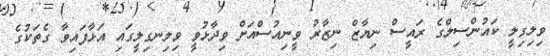
ވިލިގިލީ ކައުންސިލްގެ ރައީސް ނިޔާޒް ނިޒާރު ވީނިއުސްއަށް ވިދާޅުވީ ވިލިނގިލީގައި އަޅާފައިވާ ގެތަކުގެ